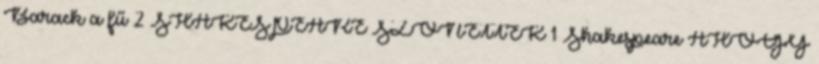
Barack a fű 2 SHAKESPEARE SZONETTEK 1 Shakespeare AHOGY